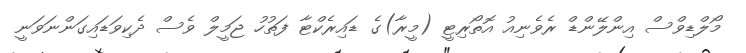
މޯލްޑިވްސް އިންލޭންޑް ރެވެނިއު އޮތޯރިޓީ (މީރާ)ގެ ޑައިރެކްޓާ ފަތުހު ޖަމީލް ވެސް ދެކިވަޑައިގަންނަވަނީ